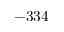
- 3 3 4